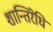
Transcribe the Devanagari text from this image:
शान्तिरेधि